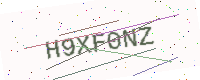
Text: H9XF0NZ